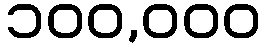
၁၀၀,၀၀၀